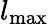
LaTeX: {l}_{\mathrm{max}}